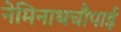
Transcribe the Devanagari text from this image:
नेमिनाथचौपाई